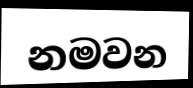
නමවන